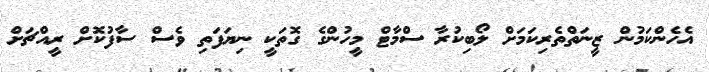
އެހެންކަމުން ޒީނަތްތެރިކަމަށް ލޯބިކުރާ ސްމާޓް މީހުންގެ ގޮތަކީ ނިޔަފަތި ވެސް ސާފުކޮށް ރީއްޗަށް